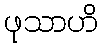
ဖုသာဟိ